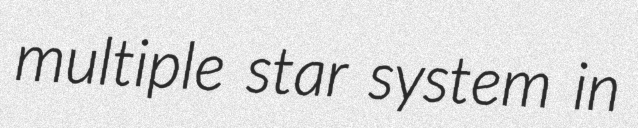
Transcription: multiple star system in